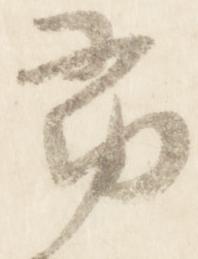
尋